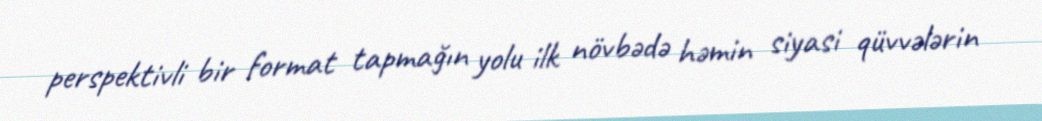
perspektivli bir format tapmağın yolu ilk növbədə həmin siyasi qüvvələrin